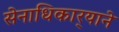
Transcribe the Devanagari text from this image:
सेनाधिकार्‍याने